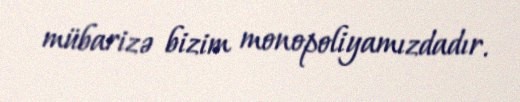
mübarizə bizim monopoliyamızdadır.